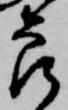
良